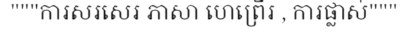
"""ការសរសេរ ភាសា ហេព្រើរ , ការផ្លាស់"""